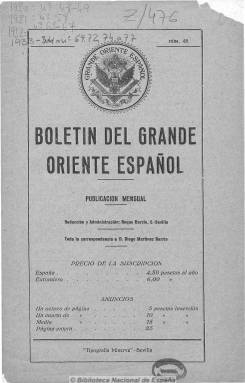
Título: Boletín del Grande Oriente Español
Otros títulos: Boletín oficial del Grande Oriente Español, feb. 1932-<marzo 1934> || Boletín oficial
Colección: Masonería
Ámbito geográfico: Sevilla
Lugar de publicación: Madrid
Fechas: 10/11/1930-31/12/1933

Publicación oficial de la masonería española adscrita a la Asociación Masónica Internacional, presumiblemente continuadora del boletín del mismo título aparecido en Madrid en 1889. Esta su segunda época debió comenzar en 1926, y su responsable debió ser Diego Martínez Barrio, a quien debía dirigirse toda la correspondencia. En diciembre de 1931 su redacción se traslada a Madrid, en donde también es impreso. Al mismo tiempo en esta ciudad también se publicaba el Boletín oficial y revista masónica del Supremo Consejo del Grado 33 para España y sus dependencias.

Aunque de periodicidad mensual, la aparición de este boletín fue irregular, en números de unas veinte páginas. Incluye numerosos artículos de fondo, doctrinales e históricos así como informaciones y noticias sobre la masonería española e internacional. También da cuenta de las actividades, conferencias, congresos, reuniones, deliberaciones y resoluciones arbitrales de los órganos de dirección de estas organizaciones. Publica también artículos sobre las relaciones de la masonería con la política y sobre los acontecimientos internacionales que se suceden durante estos años. Aparecen fotografías de masones e integrantes de las logias regionales. Cuenta con una “sección oficial” e incluye también anuncios comerciales, algunos de los cuales son los mismos que inserta el Boletín oficial y revista masónica…

En esta época el “gran maestre” del Grande Oriente Español es Demófilo de Buen, y su “gran secretario”, F. de Zayas. Aparecen textos firmados, además de por los citados, por Augusto Barcia y Francisco de la Mata, entre otros, además de los firmados con los nombres simbólicos. Debió seguir publicándose hasta 1934.